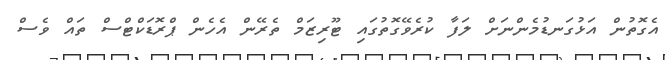
އެގޮތުން އަޅުގަނޑުމެންނަށް ލަފާ ކުރެވޭގޮތުގައި ޓޫރިޒަމް ތެރޭން އެހެން ޕްރޮޑަކްޓްސް ތައް ވެސް